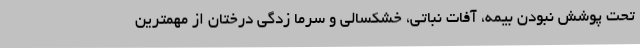
تحت پوشش نبودن بیمه، آفات نباتی، خشکسالی و سرما زدگی درختان از مهمترین